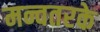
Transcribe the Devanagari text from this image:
मन्वतरके